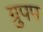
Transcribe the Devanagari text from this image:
ग्रुपप